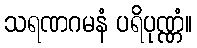
သရဏဂမနံ ပရိပုဏ္ဏံ။